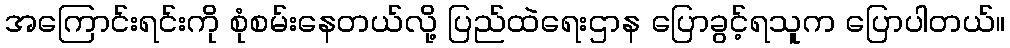
အကြောင်းရင်းကို စုံစမ်းနေတယ်လို့ ပြည်ထဲရေးဌာန ပြောခွင့်ရသူက ပြောပါတယ်။